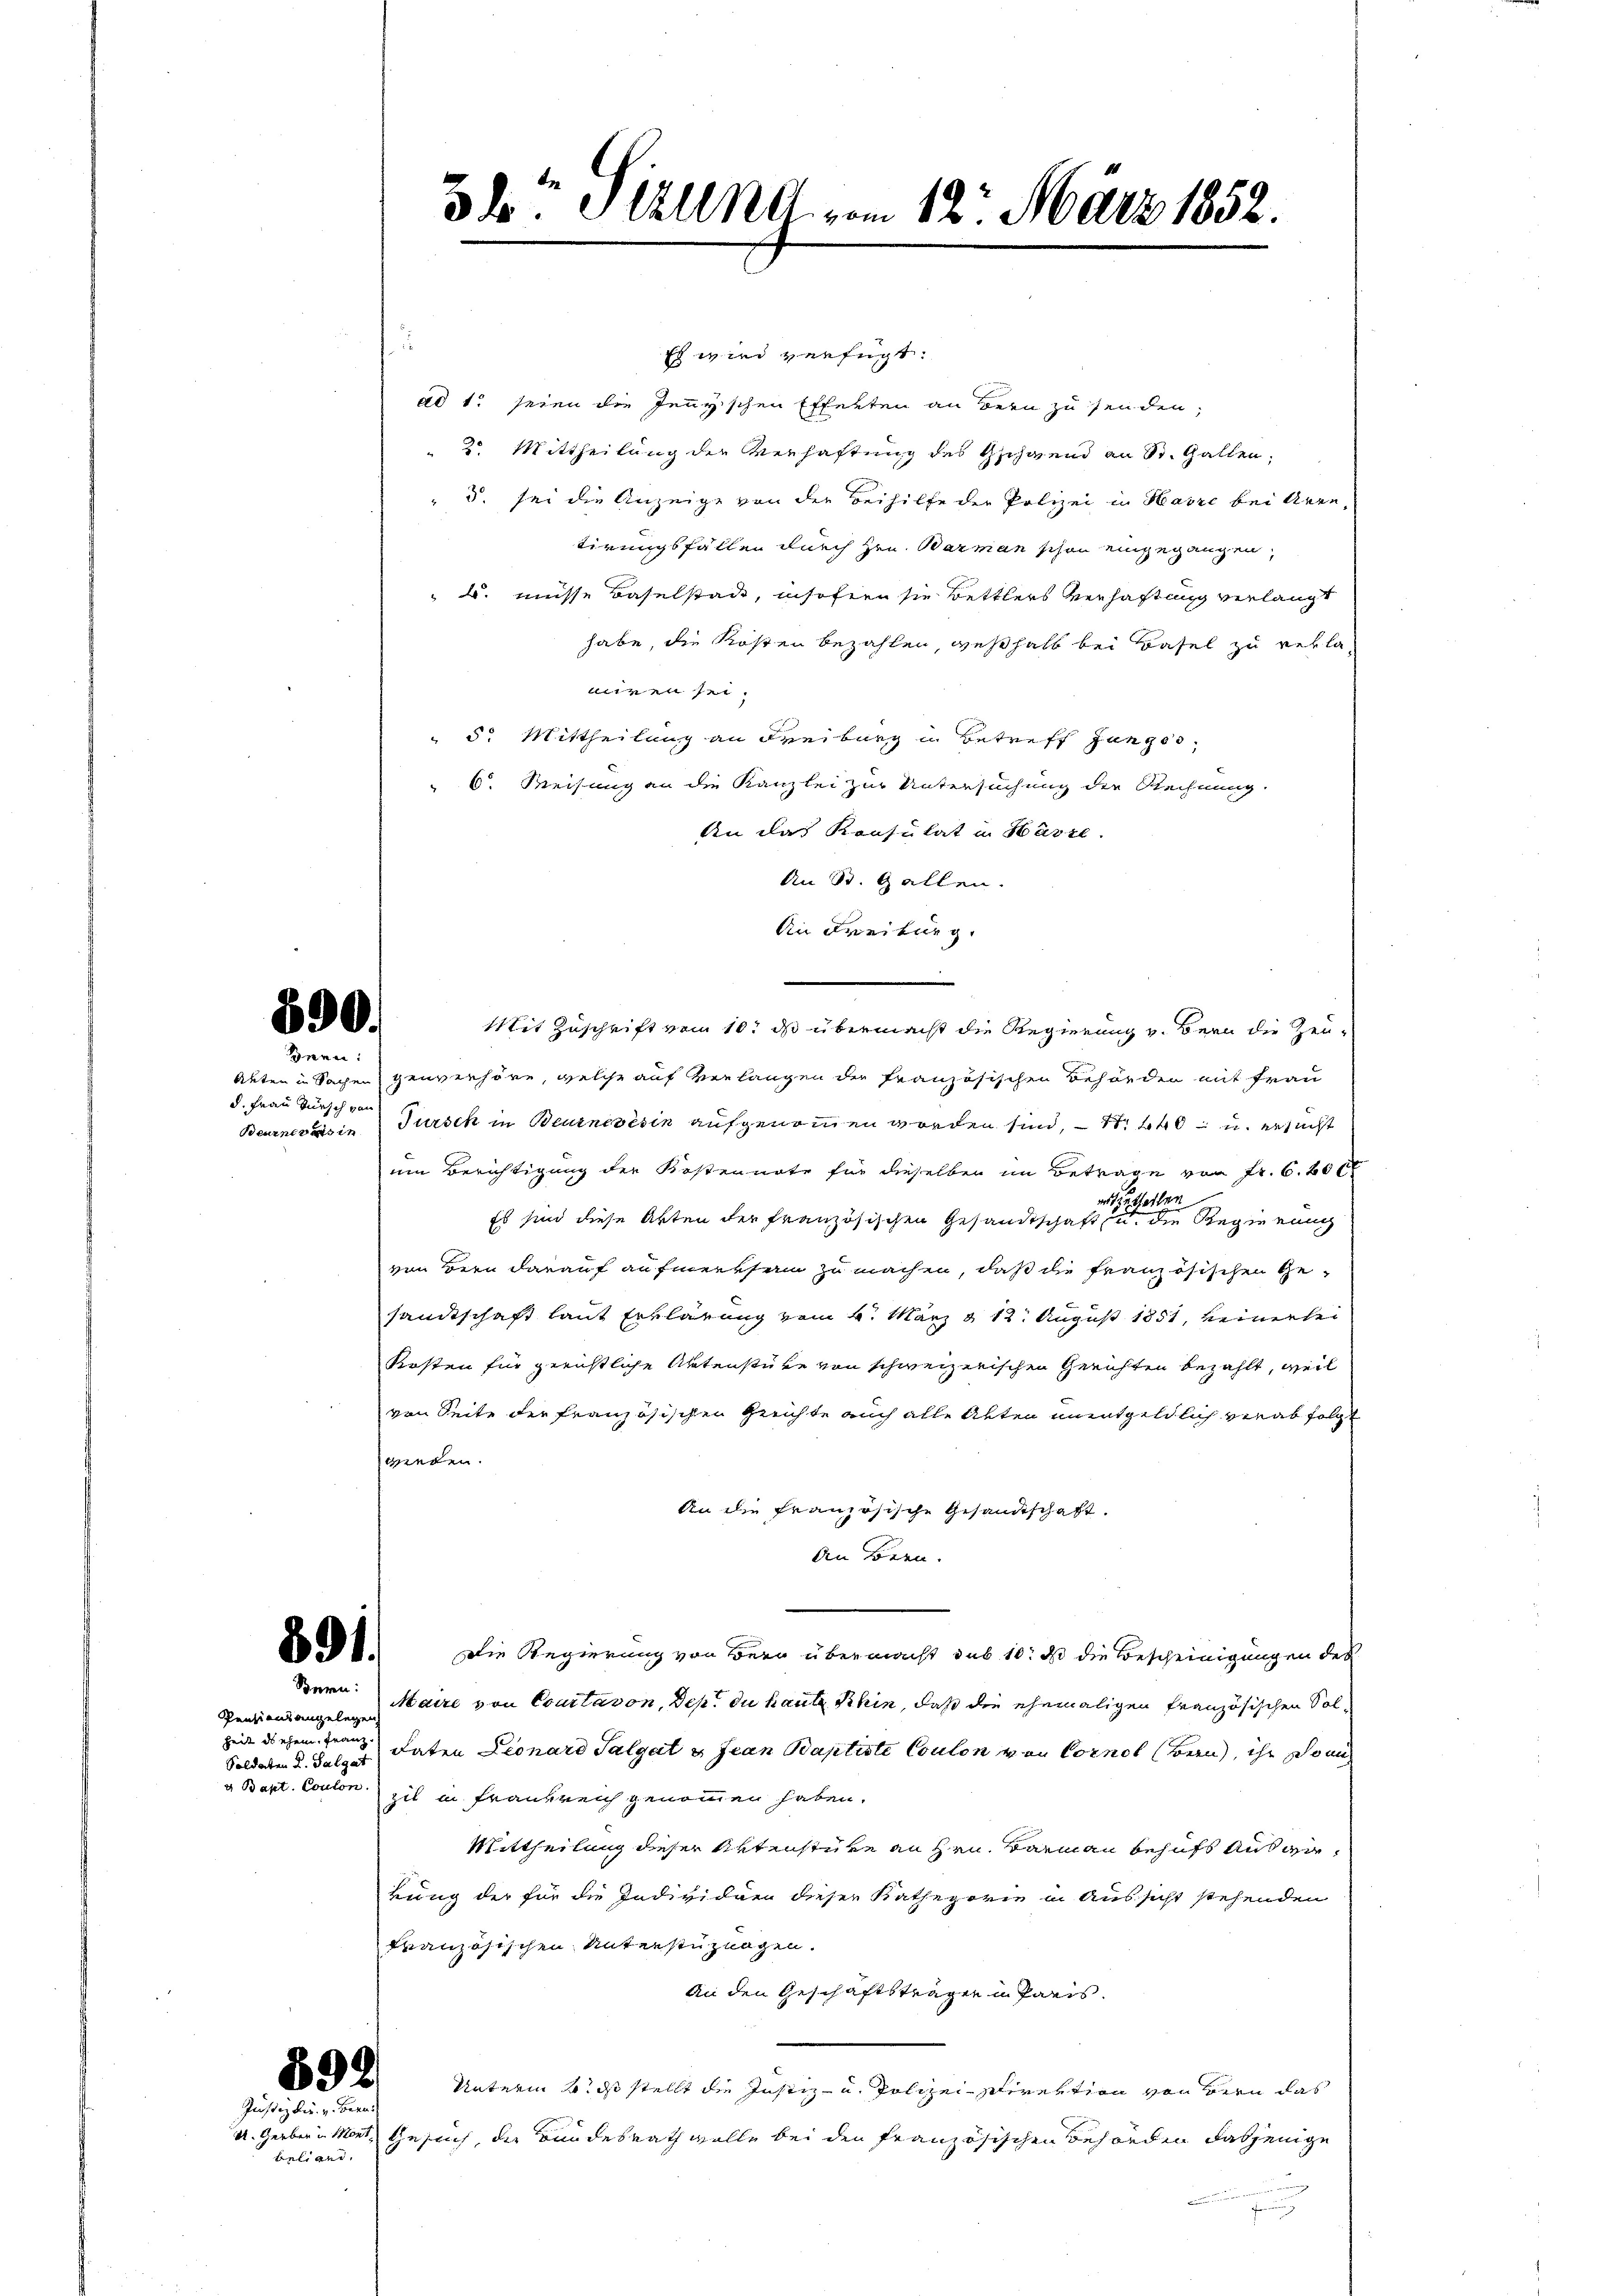
Bnen:
d. Frau Bursch von

s
Es wird verfügt:
ad 1. seien die Jenyischen Effekten an Bern zu senden;
" 2. Mittheilung der Verhaftung des Gschwend an St. Gallen;
u. sei die Anzeige von der Beihilfe der Polizei in Harre bei Arretirungsfällen durch Hrn. Barman schon eingegangen,
 u. müsse Baselstade, insofern sie Bettlers verhaftung verlangt
habe, die Kosten bezahlen, weßhalb bei Basel zu verlamiren sei.
" 5. Mittheilung an Freiburg in Betreff Jungss
6. Weisung an die Kanzlei zur Untersuchung der Rechnung.
An das Konsulat in Hasse.
An St. Gallen.
An Freiburg.
Mit Zuschrift vom 10t ds übermacht die Regierung v. Bern die Zeu¬
Auten in Sachen genverhöre, welche auf verlangen der französischen Behörden mit Frau
Beurnevais in Türsch in Beurnevésin aufgenommen worden sind, — 1. 440 u. ersucht
um Berichtigung der Kostennote für dieselben im Betrage von Fr. 6. 60 ct
 theilen
Es sind diese Arten der französischen Gesandtschaft u. die Regierung
von Bern darauf aufmerksam zu machen, daß die französischen Gesandtschaft laut Erklärung vom 4. März d. 12. August 1851, keinersei
Kosten für gerichtliche Aktenstüke von schweizerischen Gerichten bezahlt, weil
von Seite der französischen Gerichte auch alle Akten unentgeldlich verabfolgt
wieden.
An die Französische Gesandtschaft.
An Bern.
. Die Regierung von Bern übermacht das 10: daß die Bescheinigungen des
Bern:
Maire von Courtavon, Dep. du haute Khin, daß die ehemaligen französischen Sol¬
Pendiens angelegen
zeit diesem Franz daten Leonaro Talgut u. Jean Baptiste Coulon von Cornel (Bern, ihr Sonn
Soldaten d. Salgat
v. Bapt. Coulon zil in Frankreich genommen haben.
Mittheilung dieser Aktenstüre an Hrn. Barmann behufs Ausarkung der für die Individuen dieser Kathegorie in Aussicht stehenden
französischen Unterstüzungen.
An den Geschäftsträgen in Paris.
892
Unterm 4. ds stellt die Justiz- u. Polizei schirektion von Bern das
Justiz kir. v. Bern
U. Gerber in Mont
Gesuch, die Bundesrath wolle bei den Französischen Behörden dasjenige
beliand.

390.

3b. Pirung vom 12. März 1852.